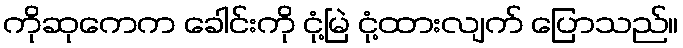
ကိုဆုကေက ခေါင်းကို ငုံ့မြဲ ငုံ့ထားလျက် ပြောသည်။